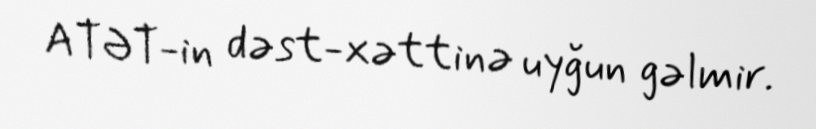
ATƏT-in dəst-xəttinə uyğun gəlmir.